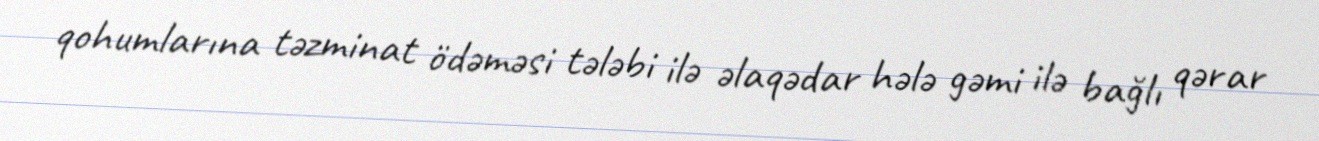
qohumlarına təzminat ödəməsi tələbi ilə əlaqədar hələ gəmi ilə bağlı qərar